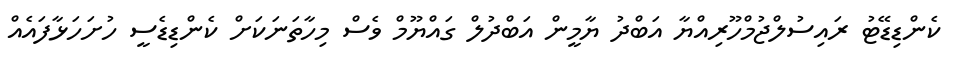
ކެންޑިޑޭޓު ރައިސުލްޖުމްހޫރިއްޔާ އަބްދު ޔާމީން އަބްދުލް ގައްޔޫމް ވެސް މިހާތަނަކަށް ކެންޑިޑެސީ ހުށަހަޅާފައެއް